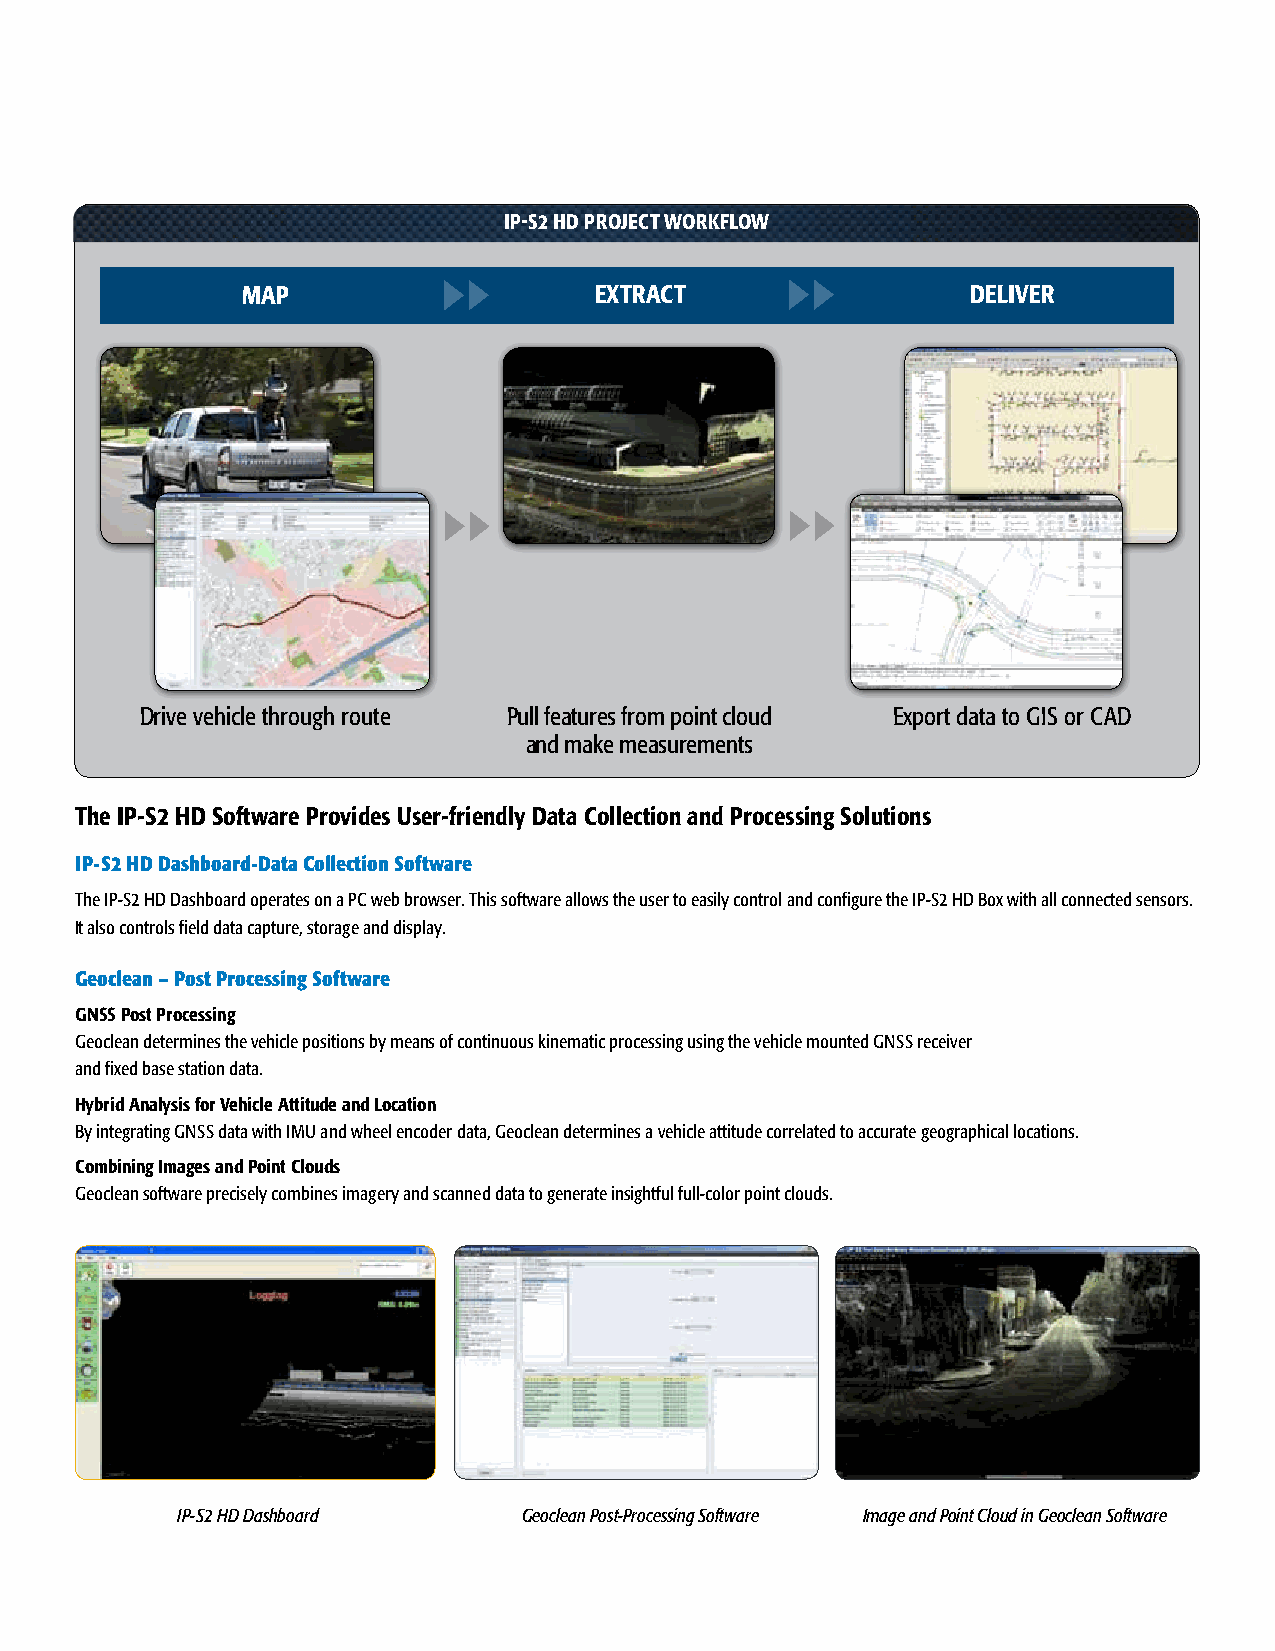
IP-S2 HD PRojEcT woRkFLow
 MAP                    EXTRAcT                  DELIVER
 Drive vehicle through route Pull features from point cloud Export data to GIS or CAD
 and make measurements
 The IP-S2 HD Software Provides User-friendly Data collection and Processing Solutions
 IP-S2 HD Dashboard-Data Collection Software
 The IP-S2 HD Dashboard operates on a PC web browser. This software allows the user to easily control and configure the IP-S2 HD Box with all connected sensors.
 It also controls field data capture, storage and display.
 Geoclean – Post Processing Software
 GnSS Post Processing
 Geoclean determines the vehicle positions by means of continuous kinematic processing using the vehicle mounted GNSS receiver
 and fixed base station data.
 Hybrid Analysis for Vehicle Attitude and Location
 By integrating GNSS data with IMU and wheel encoder data, Geoclean determines a vehicle attitude correlated to accurate geographical locations.
 combining Images and Point clouds
 Geoclean software precisely combines imagery and scanned data to generate insightful full-color point clouds.
 IP-S2 HD Dashboard     Geoclean Post-Processing Software Image and Point Cloud in Geoclean Software